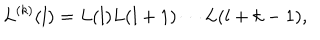
L ^ { ( k ) } ( l ) = L ( l ) L ( l + 1 ) \cdots L ( l + k - 1 ) ,